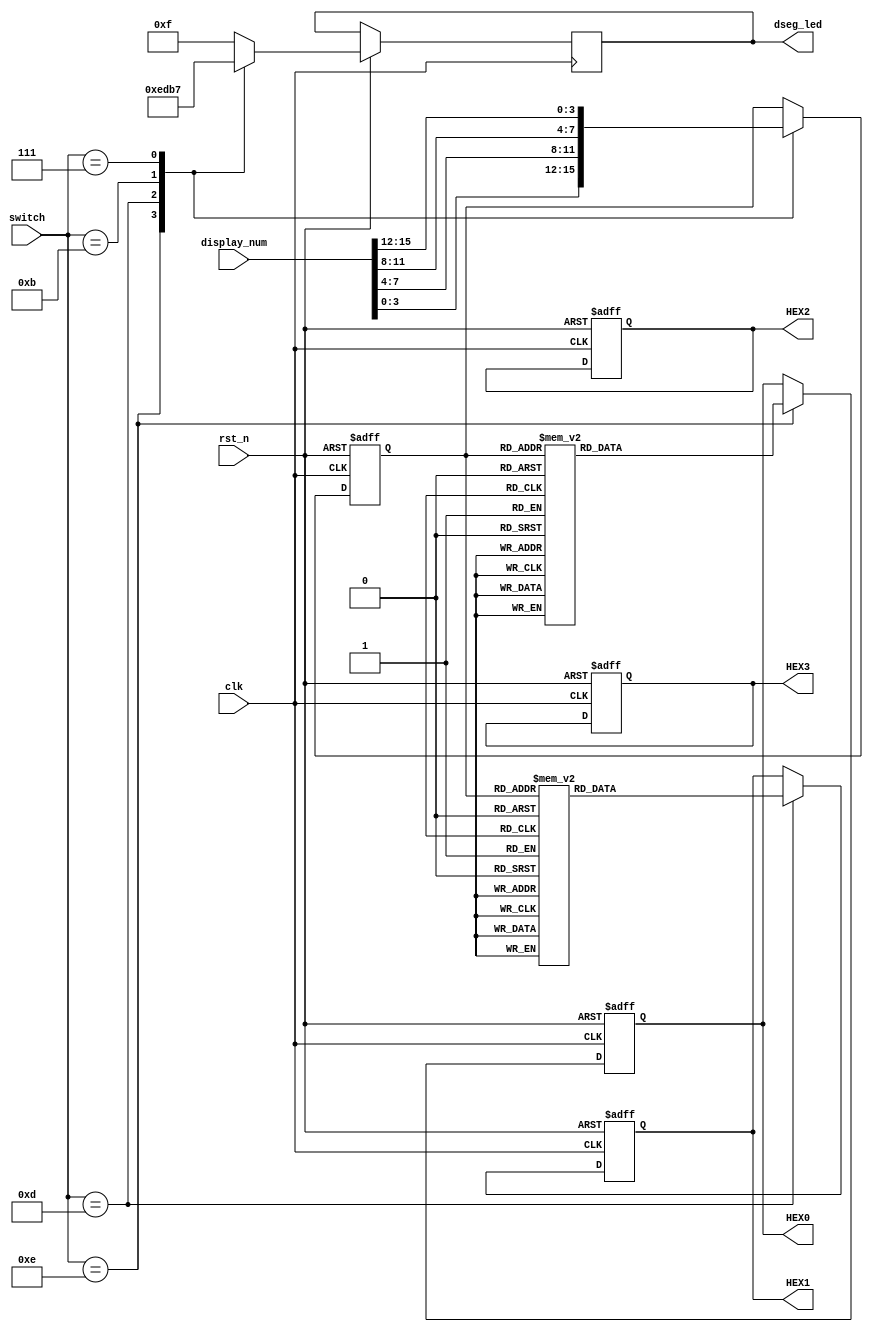
module segment(
	input clk,    //25MHz
	input rst_n,  //
	input[15:0] display_num,  //[15:12] , [11:8] , [7:4], [3:0]
	input [3:0] switch,
	output reg[3:0] dseg_led,
	output reg[7:0] HEX0,
	output reg[7:0] HEX1,
	output reg[7:0] HEX2,
	output reg[7:0] HEX3
);
//-----------------------------------------
//0~F 
parameter NUM0 = 8'h3f,
		  NUM1 = 8'h06,
		  NUM2 = 8'h5B,
		  NUM3 = 8'h4f,
		  NUM4 = 8'h66,
		  NUM5 = 8'h6D,
		  NUM6 = 8'h7D,
		  NUM7 = 8'h07,
		  NUM8 = 8'h7f,
		  NUM9 = 8'h6f,
		  NUMA = 8'h77,
		  NUMB = 8'h7C,
		  NUMC = 8'h39,
		  NUMD = 8'h5E,
		  NUME = 8'h79,
		  NUMF = 8'h71,
		  NUMT = 8'h80;
// 		  
parameter CSN = 4'b1111,
		  CS0 = 4'b1110,
		  CS1 = 4'b1101,
		  CS2 = 4'b1011,
		  CS3 = 4'b0111;
		  

reg [3:0] current_display_num;



always @(posedge clk or negedge rst_n) begin
	if(!rst_n)
		current_display_num <= 4'd0;
	else begin
		case(switch)
			4'b1110: begin 
				current_display_num <= display_num[3:0];
				dseg_led <= CS0;
				
			end
			4'b1101: begin 
				current_display_num <= display_num[7:4];
				dseg_led <= CS1;
				
			end
			4'b1011: begin 
				current_display_num <= display_num[11:8];
				dseg_led <= CS2;
				
			end
			4'b0111: begin 
				current_display_num <= display_num[15:12];
				dseg_led <= CS3;
				
			end
			default: dseg_led <= CSN;
		endcase
	end
		
end

//
always @(posedge clk or negedge rst_n) begin
	if(!rst_n) begin
		HEX0 <= NUM0;
	    HEX1 <= NUM0;
		HEX2 <= NUM0;
		HEX3 <= NUM0;
	end
	else begin
		case(switch) 
			4'b1110: begin 
				case(current_display_num)
					4'h0: HEX0 <= NUM0;
					4'h1: HEX0 <= NUM1;
					4'h2: HEX0 <= NUM2;
					4'h3: HEX0 <= NUM3;
					4'h4: HEX0 <= NUM4;
					4'h5: HEX0 <= NUM5;
					4'h6: HEX0 <= NUM6;
					4'h7: HEX0 <= NUM7;
					4'h8: HEX0 <= NUM8;
					4'h9: HEX0 <= NUM9;
					4'ha: HEX0 <= NUMA;
					4'hb: HEX0 <= NUMB;
					4'hc: HEX0 <= NUMC;
					4'hd: HEX0 <= NUMD;
					4'he: HEX0 <= NUME;
					4'hf: HEX0 <= NUMF;
					default HEX0 <= NUM0;
				endcase	
			end
			4'b1101: begin 
				case(current_display_num)
					4'h0: HEX1 <= NUM0;
					4'h1: HEX1 <= NUM1;
					4'h2: HEX1 <= NUM2;
					4'h3: HEX1 <= NUM3;
					4'h4: HEX1 <= NUM4;
					4'h5: HEX1 <= NUM5;
					4'h6: HEX1 <= NUM6;
					4'h7: HEX1 <= NUM7;
					4'h8: HEX1 <= NUM8;
					4'h9: HEX1 <= NUM9;
					4'ha: HEX1 <= NUMA;
					4'hb: HEX1 <= NUMB;
					4'hc: HEX1 <= NUMC;
					4'hd: HEX1 <= NUMD;
					4'he: HEX1 <= NUME;
					4'hf: HEX1 <= NUMF;
					default HEX1 <= NUM0;
				endcase	
			end
			4'b1110: begin 
				case(current_display_num)
					4'h0: HEX2 <= NUM0;
					4'h1: HEX2 <= NUM1;
					4'h2: HEX2 <= NUM2;
					4'h3: HEX2 <= NUM3;
					4'h4: HEX2 <= NUM4;
					4'h5: HEX2 <= NUM5;
					4'h6: HEX2 <= NUM6;
					4'h7: HEX2 <= NUM7;
					4'h8: HEX2 <= NUM8;
					4'h9: HEX2 <= NUM9;
					4'ha: HEX2 <= NUMA;
					4'hb: HEX2 <= NUMB;
					4'hc: HEX2 <= NUMC;
					4'hd: HEX2 <= NUMD;
					4'he: HEX2 <= NUME;
					4'hf: HEX2 <= NUMF;
					default HEX2 <= NUM0;
				endcase	
			end
			4'b1110: begin 
				case(current_display_num)
					4'h0: HEX3 <= NUM0;
					4'h1: HEX3 <= NUM1;
					4'h2: HEX3 <= NUM2;
					4'h3: HEX3 <= NUM3;
					4'h4: HEX3 <= NUM4;
					4'h5: HEX3 <= NUM5;
					4'h6: HEX3 <= NUM6;
					4'h7: HEX3 <= NUM7;
					4'h8: HEX3 <= NUM8;
					4'h9: HEX3 <= NUM9;
					4'ha: HEX3 <= NUMA;
					4'hb: HEX3 <= NUMB;
					4'hc: HEX3 <= NUMC;
					4'hd: HEX3 <= NUMD;
					4'he: HEX3 <= NUME;
					4'hf: HEX3 <= NUMF;
					default HEX3 <= NUM0;
				endcase	
			end
		endcase
	end
end		  



endmodule